Civil Veterinary Dept. Bombay admin report 1907-1913 - 1907-1913
Year: 1907
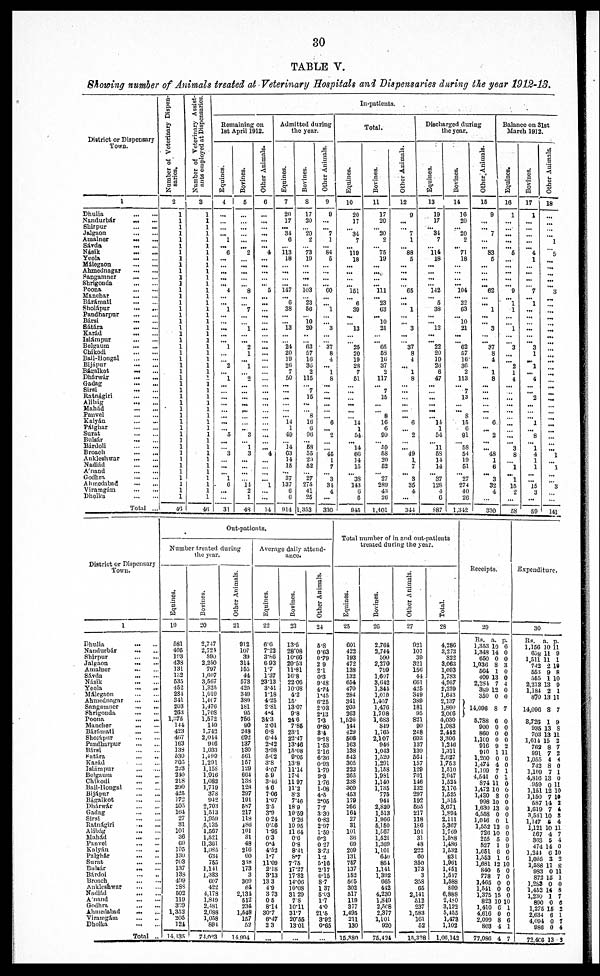
30
TABLE V.
Showing number of Animals treated at Veterinary Hospitals and Dispensaries during the year 1912-13.
District or Dispense
Town.
1
Dhulia ... ...
Nandurbár ... ...
Shirpur ... ...
Jalgaon ... ...
Amalner ... ...
Sávda ... ...
Násik ... ...
Yeola ... ...
Málegaon ... ...
Ahmednagar ... ...
Sangamner ... ...
Shrigonda ... ...
Poona ... ...
Manchar ... ...
Bárámati ... ...
Sholápur ... ...
Pandharpur ... ...
Bársi ... ...
Sátára ... ...
Karád ... ...
Islámpur ... ...
Belgaum ... ...
Chikodi ... ...
Bail-Hongal ... ...
Bljapur ... ...
Bágalkot ... ...
Dhárwár ... ...
Gadag ... ...
Sirsi ... ...
Ratnágiri ... ...
Alibág ... ...
Mahád ... ...
Panvel ... ...
Kalyán ... ...
Pálghar ... ...
Surat ... ...
Bulsár ... ...
Bárdoll ... ...
Broach ... ...
Ankleshwar ... ...
Nadiád ... ...
Anand ... ...
Codhra ... ...
Ahmodabad ... ...
Viramgám ... ...
Dholka ... ...
Total...
Number
of Veterinary Dispen-
saries.
2
1
1
1
1
1
1
1
1
1
1
1
1
1
1
1
1
1
1
1
1
1
1
1
1
1
1
1
1
1
1
1
1
1
1
1
1
1
1
1
1
1
1
1
1
1
40
Number of Veterinary Assist-
ants employed at Dispensaries.
8
1
1
1
1
1
1
1
1
1
1
1
1
1
1
1
1
1
1
1
1
1
1
1
1
1
1
1
1
1
1
1
1
1
1
1
1
1
1
1
1
1
1
1
1
1
46
In-patients.
Remaining on
1st April 1912.
Equines.
4
...
...
...
... 1
...
0
...
...
...
...
... 4
...
...
1
...
...
...
...
...
1
...
...
2
...
1
...
...
...
...
...
...
...
5
...
...
3
...
...
... 1
0
...
...
31
Bovines.
6
...
...
...
...
...
...
2
...
...
...
...
...
8
...
...
7
...
...
1
... ...
2
1
...
1
... 2
...
...
...
...
...
...
...
3
... 1
3
...
...
...
...
14
2
1
48
Other Animals.
0
...
...
...
...
...
... 4
...
...
...
...
... 6
...
...
...
...
...
...
...
...
...
...
...
...
...
...
...
...
...
...
...
...
...
...
... ...
4
...
...
...
...
1
...
...
14
Admitted during
the year.
Equines.
7
20
17
... 31
0
...
113 18
...
...
...
...
147
... 0
38
...
...
13
...
24
20
10
20
7
60
...
...
...
...
...
14
1
40
...
14
03
14
15
... 37
137
0
0
014
Bovines.
8
17
30
...
20
2
...
73
10
...
... ...
...
103
... 23
60
...
10 20
...
...
63
67
10
30
2
116
... 7
16
...
8
10
0
00
... 63
55
20
62
... 27
275
41
25
1,353
Other Animals.
9
9
...
...
7
1
...
84
6
...
...
...
... 00
...
...
1
...
...
3
...
...
37
8
4
... 1
8
...
...
...
...
...
6
...
2
...
...
46
1
7
...
3
31
4
...
330
Total.
Equines.
10
20
17
...
34
7
...
119
18
...
...
...
... 161
...
6
89
...
...
13
...
...
26
20
19
28
7
61
...
...
...
...
...
14
1
54
...
14
60
14
15
...
38
143
6
0
945
Bovines.
11
17
20
...
20
0
...
75
10
...
...
...
...
111
...
23
03
...
10
21
... ...
05
58
16
37
2
117
...
7
16
...
8
10
0
90
...
50
58
20
62
...
27
280
43
20
1,401
Other Animals.
12
0
...
...
7
1
...
88
6
...
...
...
...
65
...
... 1
...
... 3
... ...
37
8
4
...
1
8
...
...
...
...
...
6
...
2
...
... 49
1
7
...
3
36
4
...
344
Discharged during
the year.
Equines.
13
19
17
...
34
7
...
114
18
...
...
...
... 142
... 6
38
...
... 12
... ...
22
20
10
28
6
47
...
...
...
...
...
14
1
54
...
11
63
14
14
...
37
128
4
0
887
Bovines.
14
10
20
... 20
2
...
71
18
...
...
...
... 104
... 22
03
...
10
21
...
...
62
67
16
30
2
113
...
7
13
...
8
15
6
91
...
68
54
10
61
...
27
274
40
20
1.342
Other Animals.
15
9
...
... 7
...
...
83
6
...
...
...
...
62
...
...
1
...
...
3
... ...
37
8
4
... 1
8
...
...
...
...
...
6
...
2
...
...
48
1
6
...
3
32
4
...
330
Balance on 31st
March 1912.
Equines.
16
1
...
...
... ...
... 6
...
...
...
...
... 9
...
1
1
...
...
1
...
...
3
...
...
2
1
4
...
...
...
...
...
...
...
...
...
3
8
...
1
...
1
15
2
...
58
Bovines.
17
1
...
...
...
...
...
4
1
...
...
...
...
7
...
1
...
...
...
...
...
...
3
1
...
1
...
4
...
...
2
...
...
1
...
8
...
1
4
1
1
... ...
15
3
...
60
Other Animals.
18
...
...
...
...
1
...
5
...
...
...
...
...
3
... ...
...
...
...
...
... ...
...
...
...
...
...
...
...
...
...
...
...
...
...
...
...
...
1
...
1
...
...
3
...
...
141
District or Dispensary
Town.
1
Dhulia ... ...
Nandurbár ... ...
Shirpur ... ...
Jalgaon ... ...
Amalner ... ...
Sávda ... ...
Násik ... ...
Ycola ... ...
Málegaon ... ...
Ahmednagar ... ...
Sangamner ... ...
Shrigonda ... ...
Poona ... ...
Mancher ... ...
Bárfimati ... ...
Shoiápur ... ...
Pandharpur ... ...
Bárei ... ...
Satira ... ...
Karád ... ...
Islámpur ... ...
Belgnum ... ...
Chikodi ... ...
Bail-Hongal ... ...
Bijápur ... ...
Bágaikot ... ...
Dhárwár ... ...
Gadag ... ...
Sirsi ... ...
Ratnágiri ... ...
Alibág ... ...
Mahád ... ...
Panvel ... ...
Kolyán ... ...
Palghár ... ...
Surat ... ...
Bulsár ... ...
Bárdol ... ...
Broach ... ...
Ankleshwar ... ...
Nadlád ... ...
Anand ... ...
Godhra ... ...
Ahmedabad ... ...
Viramgam ... ...
Dholka ... ...
Total...
Out-patients.
Number trented during
the year.
Equines.
10
531
405
193
433
131
182
635
462
234
341
203
263
1,375
144
423
467
163
138
630
305
323
210
218
200
425
172
205
101
27
31
101
36
69
105
130
763
137
133
499
288
502
110
369
1,352
205
124
14,135
Bovines.
20
2,747
2,724
500
2.250
707
1,607
3,607
1,325
1,010
1,4(7
1,470
1,703
1,572
140
1,742
2,014
946
1,033
1,499
1,291
1,158
1.010
1,082
1,719
378
042
2,703
1,513
1,059
5,135
1,607
1,521
11,361
1,085
634 765
1,141
1,383
607
422
4,178
1,840
2,431
2,038
1,038
801
74,003
Other Animals.
21
912
107
39
314
165
44
578
420
340
330
181
05
760
90
218
602
137
180
561
167
120
004
138
128
207
101
687
217
118
186
101
31
48
210
00
318
178
3
300
61
2,131
612
234
1,648
157
52
14,004
Average daily attend-
ance.
Equities.
22
00
7.22
3.86
0 03
1.7
137
23'13
341
118
425
2.81
4.4
34-3
2.01
6.8
6'44
2.42
3.98
5.02
38
4.07
69
3-40
40
7.06
107
25
3.0
0 24
07.0
1.95
03
0.4
4.52
1.7
11.00
218
3.13
13 3
4.9
3 73
0 5
814
30.7
6.47
2 3
...
Bovines.
23
13.5
28.08
10.66
20.53
11.81
10-8
22 00
1008
4-2
16.
18.07
0.8
24 0
7.85
231
22.47
13.46
15.08
9.06
13.8
11.14
17.4
11 97
112
83
7.40
18 9
19.59
0.26
10 95
11 64
00
0.8
8.41
8.7
7.75
17.27
17.82
14.00
10.08
31 20
78
10.11
31.7
20.55
1301
...
Other Animals.
24
5.8
0.63
0*70
2 0
21
0.3
9.48
4.74
1.45
0.25
2.08
2.13
7.3
0.80
8 4
0.18
1.63
210
6.30
003
1.70
0.3
1.76
1.08
4.6
2.06
7.7
3.30
0.83
2.97
1-60
0.2
0 27
373
1.2
5.16
2.17
0.15
8.7
137
5.03
1.7
4.0
21.6
3.02
0.65
...
Total number of in and out-patients
treated during the year.
Equines.
25
601
422
193
472
138
133
654
470
284
341
203
263
1,620
144
429
606
103
138
643
305
223
205
238
300
463
179
260
164
27
81
101
30
69
200
131
767
137
162
606
302
617
119
877
1,495
211
130
15,880
Bovines.
20
2.764
3,744
590
2,270
790
1,607
8,642
1,344
1,000
1,407
1,470
1,708
1,683
849
1,765
2,107
946
1,043
1,520
1,201
1,158
1,981
1,140
1,736
776
944
2,820
1,513
1.900
6,160
1,607
1,521
1,300
1,101
640
851
1.141
1,392
665
412
4.230
1340
2,508
2,377
1,101
920
76,424
Other Animals.
27
921
107
39
321
150
4-1
661
4.'6
349
389
181
»5
821
90
248
603
137
130
601
157
129
701
146
132
297
192
605
217
118
180
101
31
48
222
60
360
173
3
358
06
2,141
613
237
1,583
161
52
15,338
Total.
28
4,280
3,273
822
3.063
1,003
1,783
4,067
2,289
1,643
2,137
1,860
8,066
4,030
1,083
2,442
3,300
1,210
1,311
2,627
1,753
1,510
3,947
1,531
2,176
1,525
1,816
8,071
1,801
2,111
5,367
1,760
1,588
1,480
1,632
831
1.901
1,461
1,517
1,688
600
6,888
2,480
3,122
5,455
1,478
1,103
1,06,143
Receipts.
20
Rs.
1,353
1,348
660
1,030
604
400
2,284
389
350
14,098
5,788
900
860
1,100
910
910
1,200
1,474
1,100
4,541
874
1,472
1,480
008
1,030
4,558
1,016
1,552
726
265
527
1,651
1,563
1,681
840
778
1,466
1,541
1,375
823
1,410
4,610
2,000
803
77,086
a.
10
14
0
8
1
13
7
12
0
8
8
0
0
0
9
1
0
4
7
0
11
10
8
10
13
0
0
12
10
6
1
6
1
12
6
7
0
0
15
10
6
0
8
4
4
p.
0
0
0
3
0
0
4
0
0
7
0
0
0
0
2
11
0
0
1
1
0
0
0
0
0
0
1
0
0
0
0
0
0
10
0
0
0
0
0
10
1
0
0
1
7
Expendit
ure
.
30
Rs.
1,160
609
1,511
742
553
565
2,212
1,184
870
14 090
8,720
985
708
1,614
702
901
1,055
742
1,199
4,816
969,
1,151
1 160
687
1,619
3,531
1,147
1,121
667
803
474
1,341
1,055
1,688
983
873
1,263
1,453
1,310
890
1,276
2,634
4,094
986
72,400
a.
10 1
11
11
2 1
9
1 1
13
2
13
8
1
13
13 1
15
8
7
4
8
7
13
11
12
7
14
7
10
5
10
4
5
14
6
3
11
0
16
0
14
1
0
16
6
0
0
13
p.
1
9
1
9
8
0
9
1
11
7
9
8
1
3
7
2
4
0
1
0
10
19
2
4
3
4
11
7
4
0
10
2
8
11
1
0
8
7
6
2
1
7
4
9